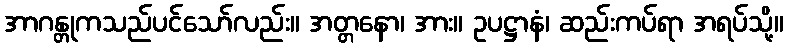
အာဂန္တုကသည်ပင်သော်လည်း။ အတ္တနော၊ အား။ ဥပဋ္ဌာနံ၊ ဆည်းကပ်ရာ အရပ်သို့။